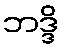
ဘဒ္ဒိ